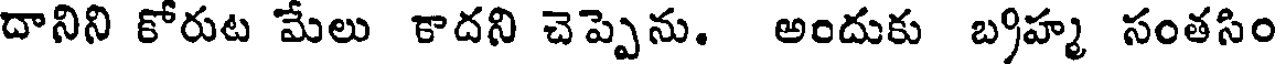
దానిని కోరుట మేలు కాదని చెప్పెను. అందుకు బ్రహ్మ సంతసిం